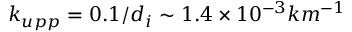
k _ { u p p } = 0 . 1 / d _ { i } \sim 1 . 4 \times 1 0 ^ { - 3 } k m ^ { - 1 }